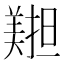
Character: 𦏄